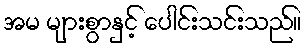
အမ များစွာနှင့် ပေါင်းသင်းသည်။